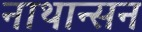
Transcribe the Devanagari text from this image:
नाथान्सन